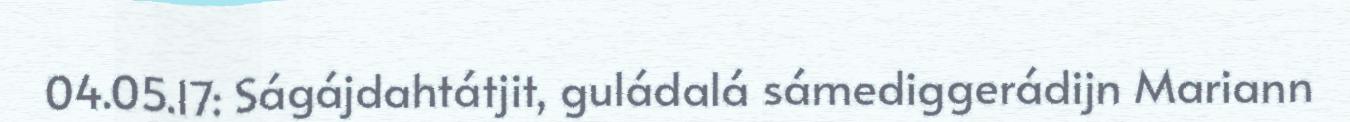
04.05.17: Ságájdahtátjit, guládalá sámediggerádijn Mariann